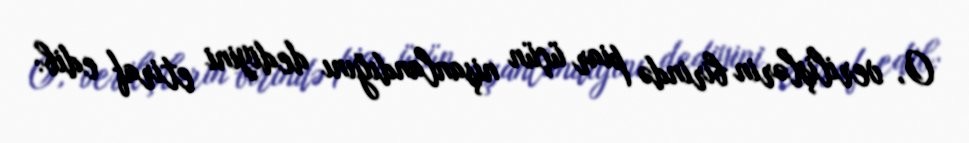
O, verilişlərin birində piar üçün nişanlandığını dediyini etiraf edib: